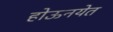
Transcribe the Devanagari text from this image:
होऊनयेत